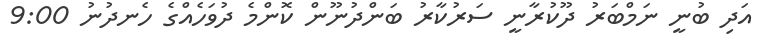
އަދި ބުނީ ނަމްބަރު ދޫކުރާނީ ސަރުކާރު ބަންދުނޫން ކޮންމެ ދުވަހެއްގެ ހެނދުނު 9:00